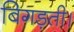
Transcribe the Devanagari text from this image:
बिगड़ती।